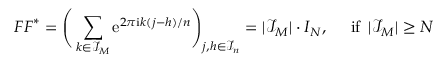
\boldsymbol F \boldsymbol F ^ { * } = \Bigg ( \sum _ { \boldsymbol k \in \mathcal I _ { \boldsymbol M } } \mathrm e ^ { 2 \pi \mathrm i \boldsymbol k ( \boldsymbol j - \boldsymbol h ) / { n } } \Bigg ) _ { \boldsymbol j , \boldsymbol h \in \mathcal I _ { \b { n } } } = | \mathcal I _ { \boldsymbol M } | \cdot \boldsymbol I _ { N } , \quad \mathrm { ~ i f ~ } \, | \mathcal I _ { \boldsymbol M } | \geq N